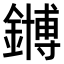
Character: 𫓆